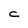
Character: C